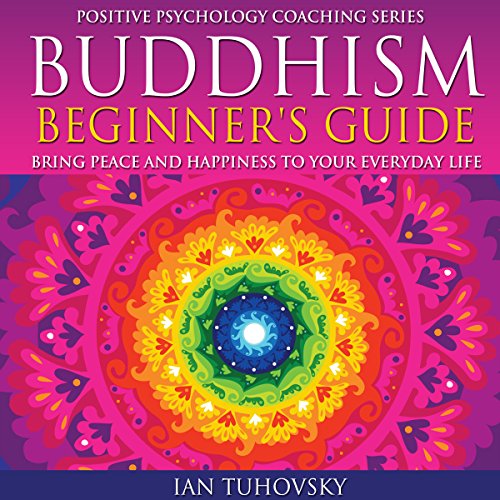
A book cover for Buddhism Beginner's Guide: Bring Peace and Happiness to Your Everyday Life: Positive Psychology Coaching Series Volume 5; Ian Tuhovsky; Religion & Spirituality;